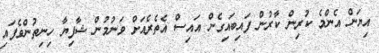
އިޔަން އެންމެ ކުރިން ކާރުން ފައިބައިގެން އައިސް އެތެރެއަށް ވަނުމުން ޝާފިޔާ ހިނިތުންވެފައި